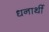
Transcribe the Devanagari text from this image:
धनार्थी